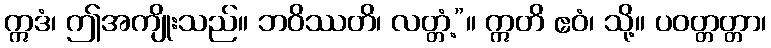
ဣဒံ၊ ဤအကျိုးသည်။ ဘဝိဿတိ၊ လတ္တံ့”။ ဣတိ ဧဝံ၊ သို့။ ပဝတ္တတ္တာ၊